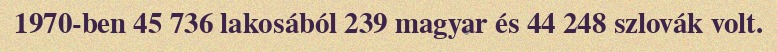
1970-ben 45 736 lakosából 239 magyar és 44 248 szlovák volt.